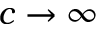
c \to \infty